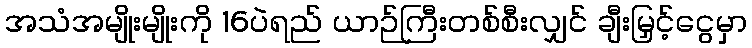
အသံအမျိုးမျိုးကို 16ပဲရည် ယာဉ်ကြီးတစ်စီးလျှင် ချီးမြှင့်ငွေမှာ